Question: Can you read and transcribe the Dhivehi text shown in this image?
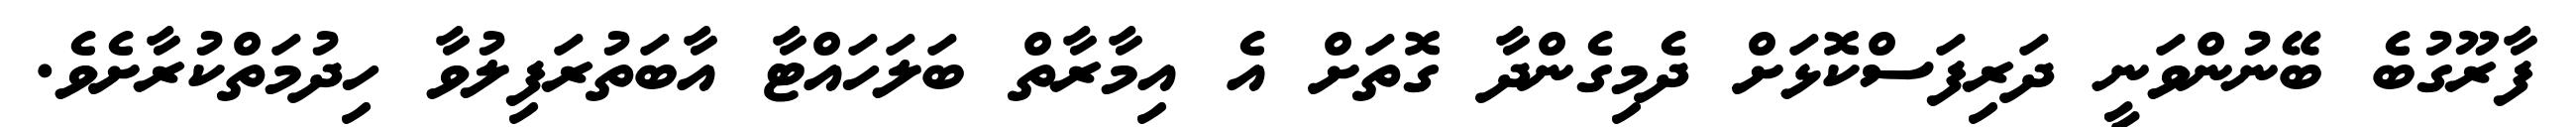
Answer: ފާރޫގުބެ ބޭނުންވަނީ ދަރިފަސްކޮޅަށް ދެމިގެންދާ ގޮތަށް އެ އިމާރާތް ބަލަހައްޓާ އާބަތުރަފިލުވާ ހިދުމަތްކުރާށެވެ.